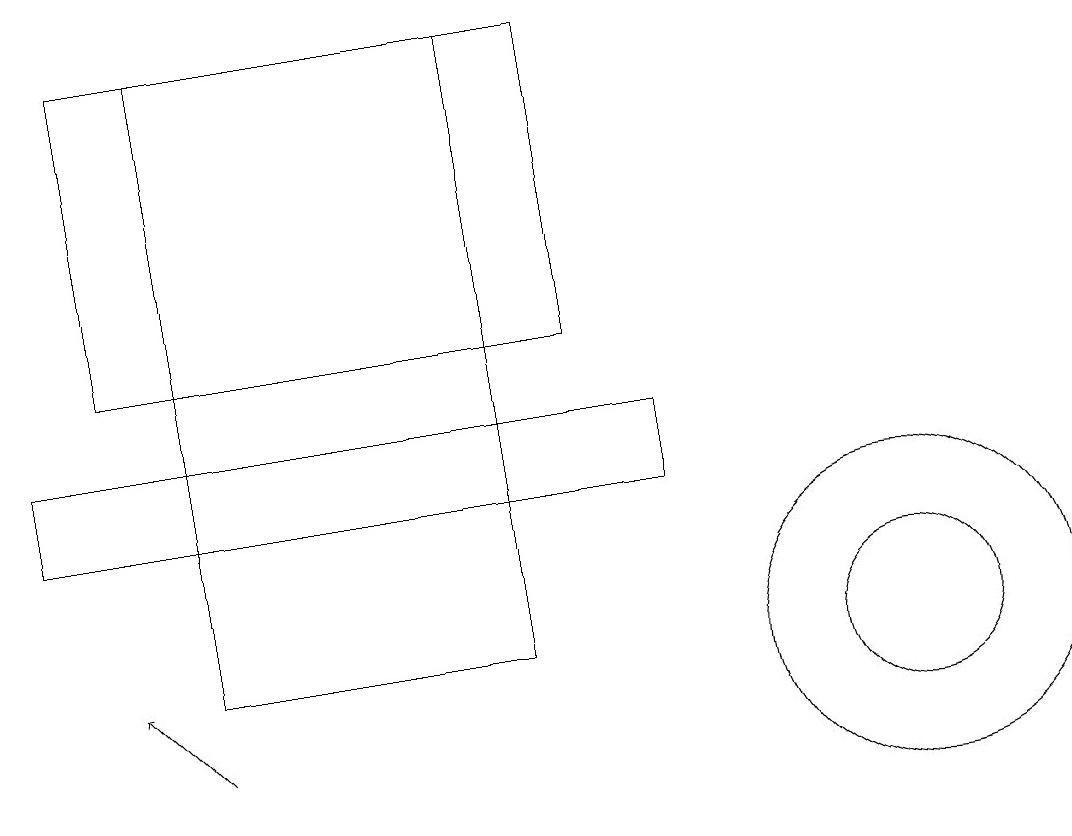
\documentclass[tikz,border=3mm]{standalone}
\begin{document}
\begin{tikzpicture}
\draw (11,11) circle (0);
\draw (0,13) rectangle (8,14);
\draw (11,11) circle (1);
\draw (1,15) rectangle (7,19);
\draw[->] (2,10) -- (1,11);
\draw (2,19) rectangle (6,11);
\draw (11,11) circle (2);
\draw (8,14) rectangle (1,14);
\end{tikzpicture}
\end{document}